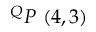
^ { Q } P \ ( 4 , 3 )